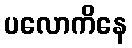
ပလောကိနေ